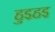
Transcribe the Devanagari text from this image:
हुइहइ